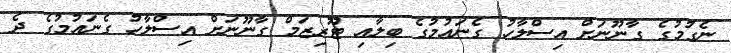
ނެގުމުގެ ގާނޫނަށް އިސްލާހު ގެނައުމުގެ ބިލާއި ޓޫރިޒަމް ގާނޫނަށް އިސްލާހު ގެނައުމުގެ ދެ